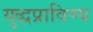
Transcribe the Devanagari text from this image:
युद्धप्राविण्य